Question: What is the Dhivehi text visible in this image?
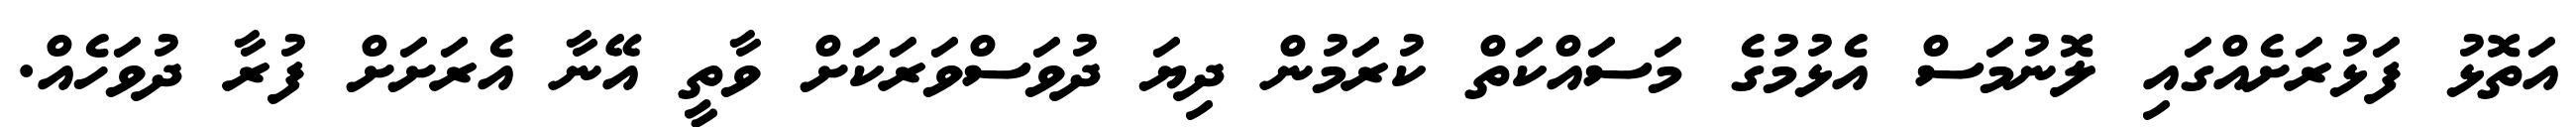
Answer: އަތޮޅު ފަޅުރަށެއްގައި ލޮނުމަސް އެޅުމުގެ މަސައްކަތް ކުރަމުން ދިޔަ ދުވަސްވަރަކަށް ވާތީ އޭނާ އެރަށަށް ފުރާ ދުވަހެއް.